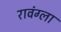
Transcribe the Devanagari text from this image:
रावंग्ला